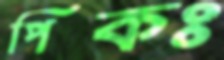
পিকঃ